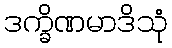
ဒက္ခိဏမာဒိသုံ